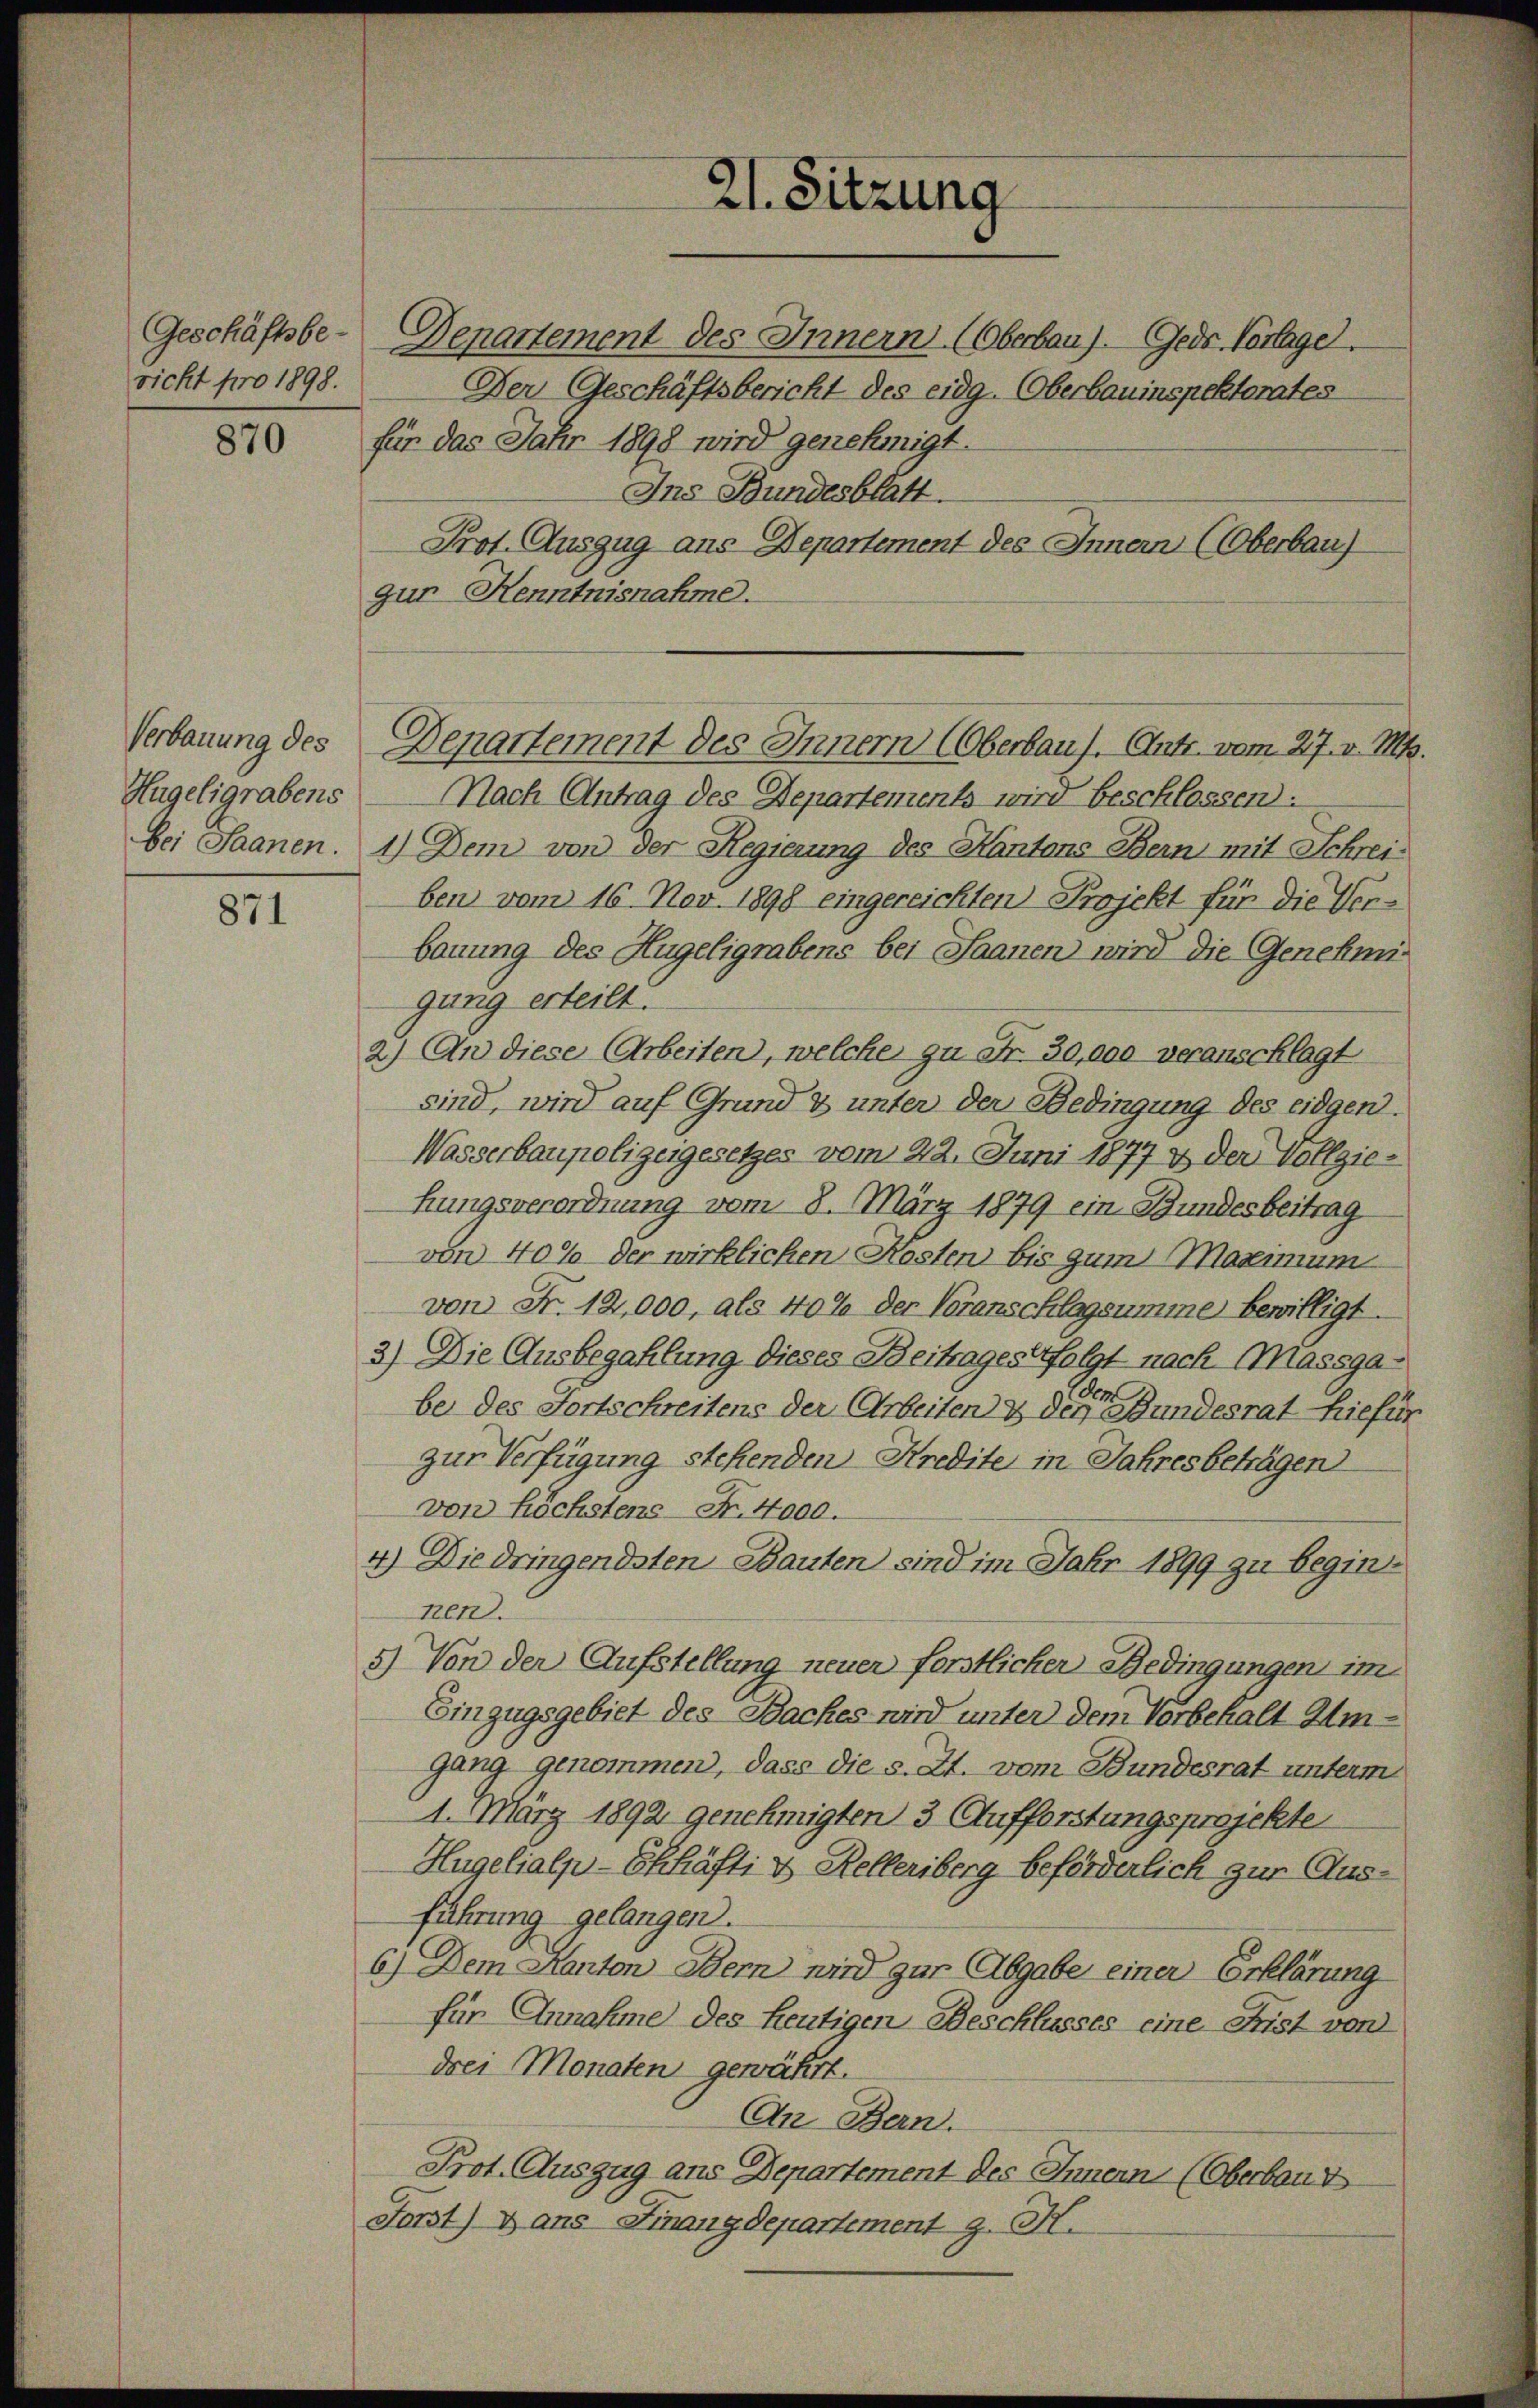
Geschäftsbericht pro 1898.

870

Verbauung des
Hugeligrabens

871

21. Sitzung

Denartement des Innern (Oberbau). Gedr Vorlage.
Der Geschäftsbericht des eidg. (Oberbauinspektorates
für das Jahr 1898 wird genehmigt.
Ins Bundesblatt.
Prot. Auszug aus Departement des Innern (Oberbau
gur Henntnisnahme.
Nach Antrag des Departements wird beschlossen:
bei Saanen. 1) Dem von der Regierung des Kantons Bern mit Schreiben vom 16. Nov. 1898 eingereichten Projekt für die Verbauung des Hugeligrabens bei Saanen wird die Genehmigung erteilt.
2.) An diese Arbeiten, welche zu Fr. 30,000 veranschlagt
sind, wird auf Grund & unter der Bedingung des eidgen.
Wasserbaupolizeigesetzes vom 22. Juni 1877 & der Vollziehungsverordnung vom 8. März 1879 ein Bundesbeitrag
von 40% der wirklichen Kosten bis zum Maximum
von Fr. 12,000, als 40% der Voranschlagsumme bewilligt.
3) Die Ausbezahlung dieses Beitrages folgt nach Massgabe des Fortschreitens der Arbeiten & des Bundesrat hiefin
zur Verfügung stehenden Kredite in Jahres beträgen
von höchstens Fr. 4000.
4) Diedringendsten Bauten sind im Jahr 1899 zu begin
nen.
5) Von der Aufstellung neuer forstlicher Bedingungen im
Einzugsgebiet des Baches wird unter dem Vorbehalt Imgang genommen, dass die s. Zt. vom Bundesrat unterm
1. März 1892 genehmigten 3 Aufforstungsprojekte
Hugelialp-Ehhäfti & Kelleriberg beförderlich zur Ausführung gelangen.
6) Dem Kanton Bern wird gar Abgabe einer Erklärung
für Annahme des heutigen Beschlusses eine Frist von
drei Monaten gewährt.
An Bern.
Prot. Auszug aus Departement des Innern (Oberbaud
Forst) ans Finanzdepartement z. H.

Denartement des Innern (Oberbaus. Antr. vom 27. v. Ms.